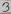
Text: 4